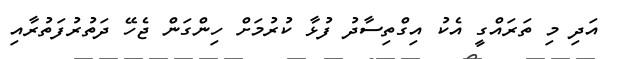
އަދި މި ތަރައްގީ އެކު އިގްތިސާދު ފުޅާ ކުރުމަށް ހިންގަން ޖެހޭ ދަތުރުފަތުރާއި